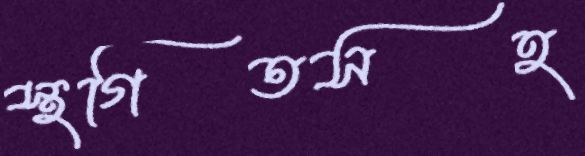
স্থগিতসহ